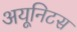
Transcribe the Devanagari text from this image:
अयूनिटस